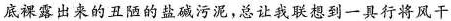
底裸露出来的丑陋的盐碱污泥，总让我联想到一具行将风干